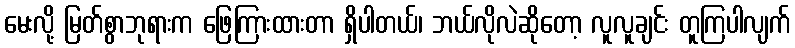
မေးလို့ မြတ်စွာဘုရားက ဖြေကြားထားတာ ရှိပါတယ်၊ ဘယ်လိုလဲဆိုတော့ လူလူချင်း တူကြပါလျက်